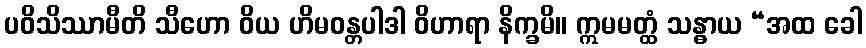
ပဝိသိဿာမီတိ သီဟော ဝိယ ဟိမဝန္တပါဒါ ဝိဟာရာ နိက္ခမိ။ ဣမမတ္ထံ သန္ဓာယ “အထ ခေါ